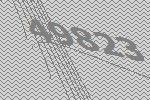
49823